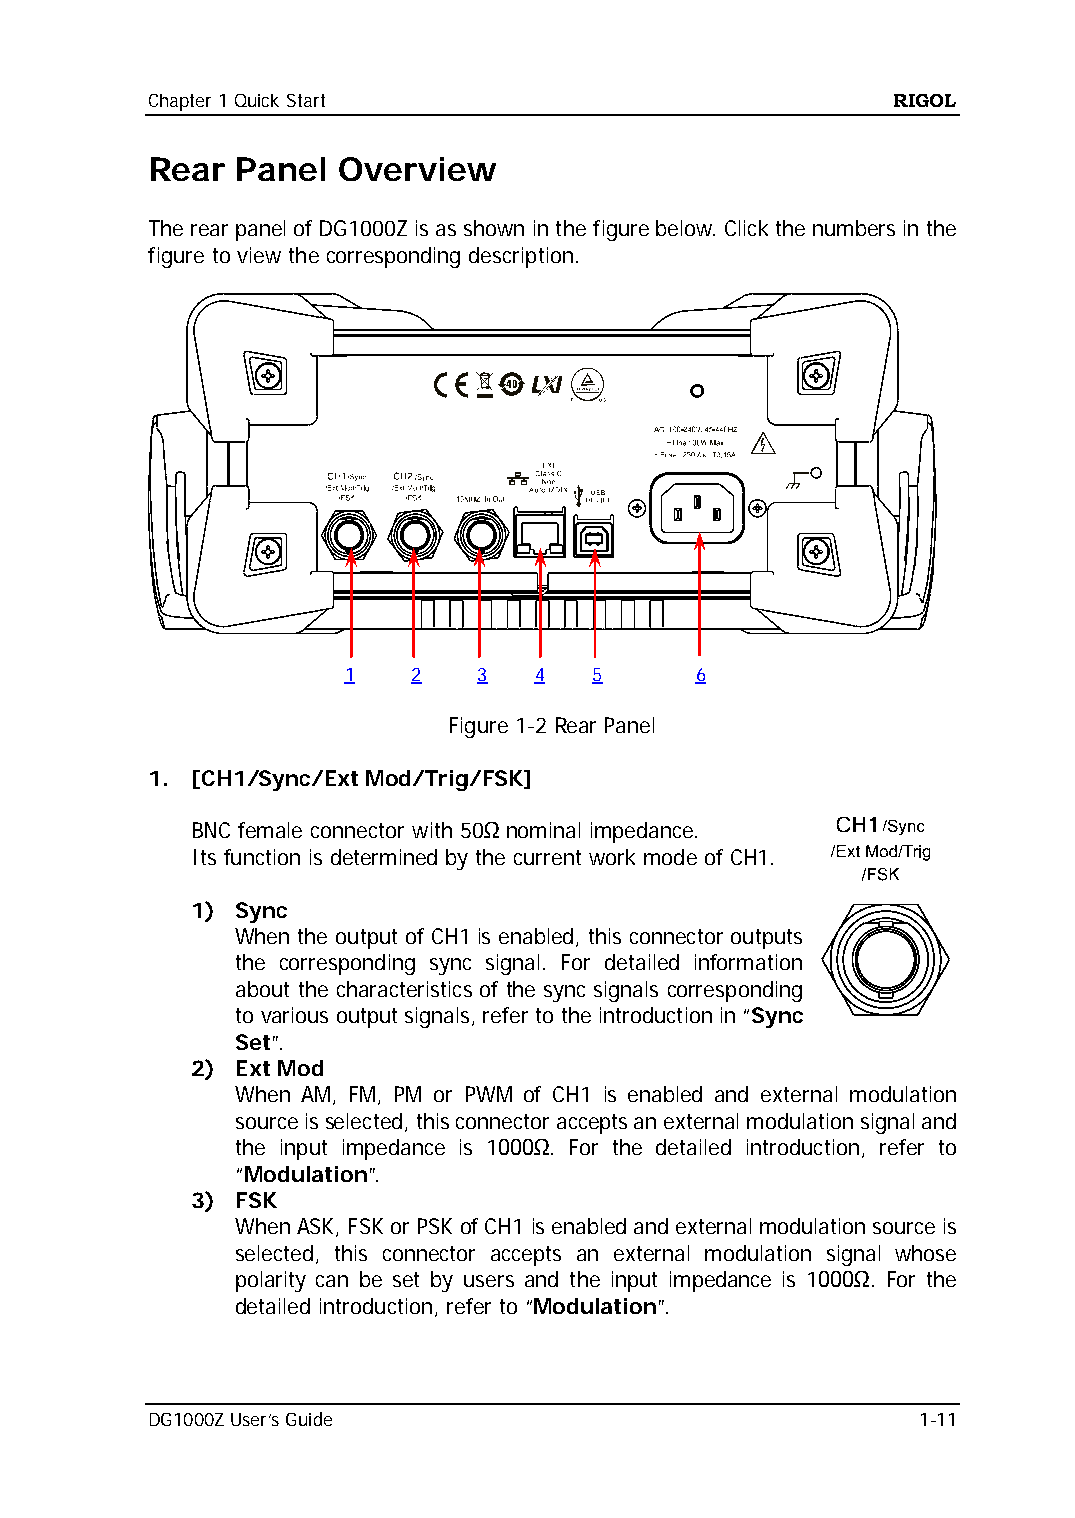
Chapter 1 Quick Start                            RIGOL
 Rear  Panel Overview
 The rear panel of DG1000Z is as shown in the figure below. Click the numbers in the
 figure to view the corresponding description.
 1   2    3  4   5      6
 Figure 1-2 Rear Panel
 1. [CH1/Sync/Ext Mod/Trig/FSK]
 BNC female connector with 50Ω nominal impedance.
 Its function is determined by the current work mode of CH1.
 1) Sync
 When the output of CH1 is enabled, this connector outputs
 the corresponding sync signal. For detailed information
 about the characteristics of the sync signals corresponding
 to various output signals, refer to the introduction in “Sync
 Set”.
 2) Ext Mod
 When AM, FM, PM or PWM of CH1 is enabled and external modulation
 source is selected, this connector accepts an external modulation signal and
 the input impedance is 1000Ω. For the detailed introduction, refer to
 “Modulation”.
 3) FSK
 When ASK, FSK or PSK of CH1 is enabled and external modulation source is
 selected, this connector accepts an external modulation signal whose
 polarity can be set by users and the input impedance is 1000Ω. For the
 detailed introduction, refer to “Modulation”.
 DG1000Z User’s Guide                               1-11